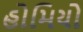
હોમિયો